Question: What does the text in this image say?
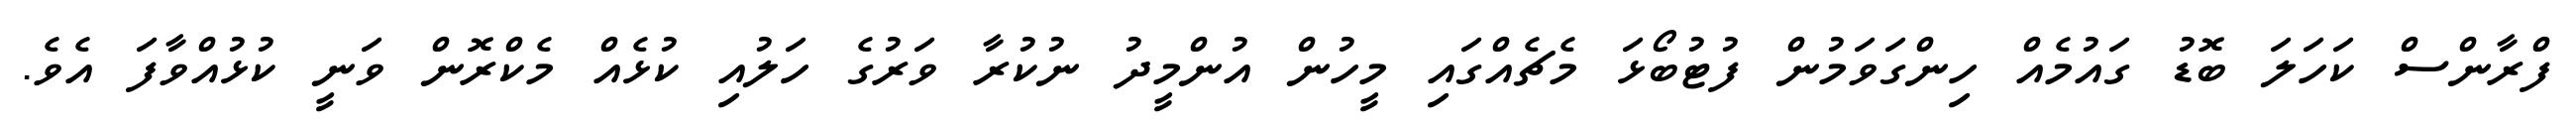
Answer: ފްރާންސް ކަހަލަ ބޮޑު ގައުމެއް ހިންގަވަމުން ފުޓުބޯޅަ މެޗެއްގައި މީހުން އުންމީދު ނުކުރާ ވަރުގެ ހަލުއި ކުޅެއް މެކްރޮން ވަނީ ކުޅުއްވާފަ އެވެ.